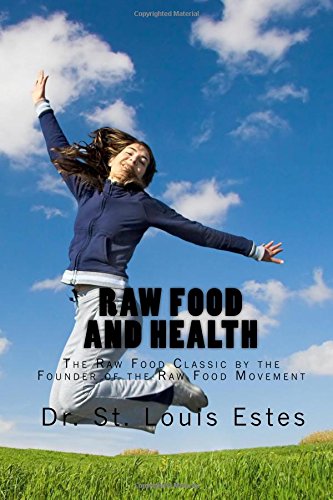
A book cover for Raw Food And Health: The Raw Food Classic By The Founder Of The Raw Food Movement; St. Louis Estes; Health, Fitness & Dieting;